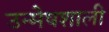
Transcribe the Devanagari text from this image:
उन्मेषशाली